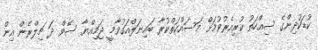
ކުޑަކުދިންގެ ސިއްހަތު ކުރިއެރުވުމަށް މަސައްކަތްކުރާ ބައިނަލްއަގުވާމީ ޖަމިއްޔާ ސޭވް ދަ ޗިލްރެން އިން